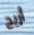
أريح